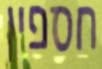
חספין